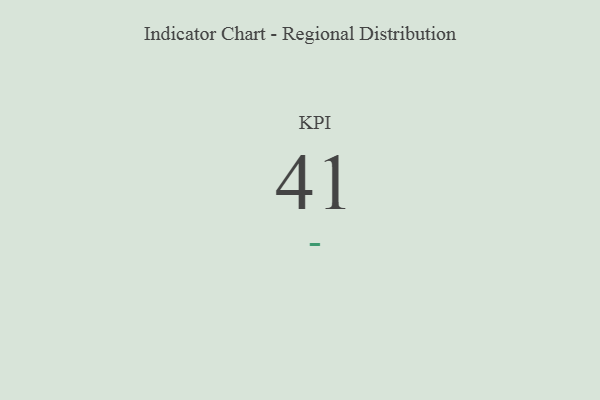
{"axis": {"x": "KPI", "y": "Value"}, "legend": [""], "data": [{"x": "KPI", "y": 41, "type": ""}]}